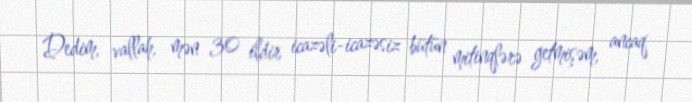
Dedim, vallah, mən 30 ildir icazəli-icazəsiz bütün mitinqlərə getmişəm, ancaq